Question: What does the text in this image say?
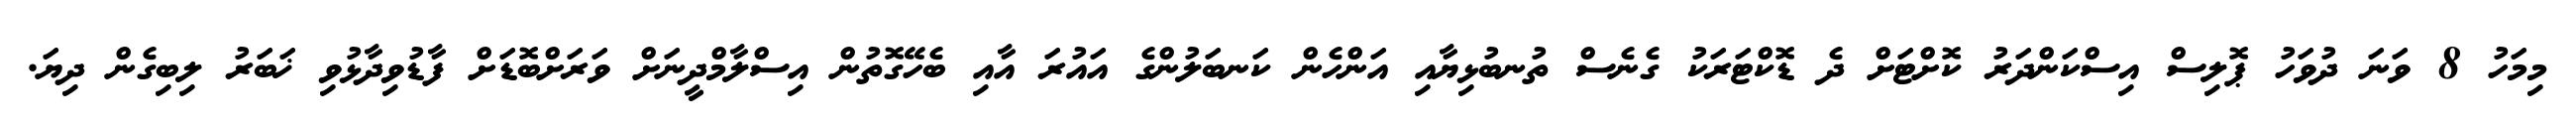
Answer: މިމަހު 8 ވަނަ ދުވަހު ޕޮލިސް އިސްކަންދަރު ކޮށްޓަށް ދެ ޑޮކްޓަރަކު ގެނެސް ތުނބުޅިޔާއި އަންހެން ކަނބަލުންގެ އައުރަ އާއި ބެހޭގޮތުން އިސްލާމްދީނަށް ވަރަށްބޮޑަށް ފާޑުވިދާޅުވި ޚަބަރު ލިބިގެން ދިޔަ.